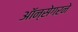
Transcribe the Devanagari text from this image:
ऑन्सेगरने